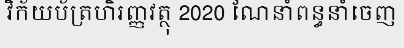
វិក័យប័ត្រហិរញ្ញវត្ថុ 2020 ណែនាំពន្ធនាំចេញ